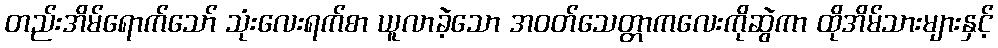
တည်းအိမ်ရောက်သော် သုံးလေးရက်စာ ယူလာခဲ့သော အဝတ်သေတ္တာကလေးကိုဆွဲကာ ထိုအိမ်သားများနှင့်